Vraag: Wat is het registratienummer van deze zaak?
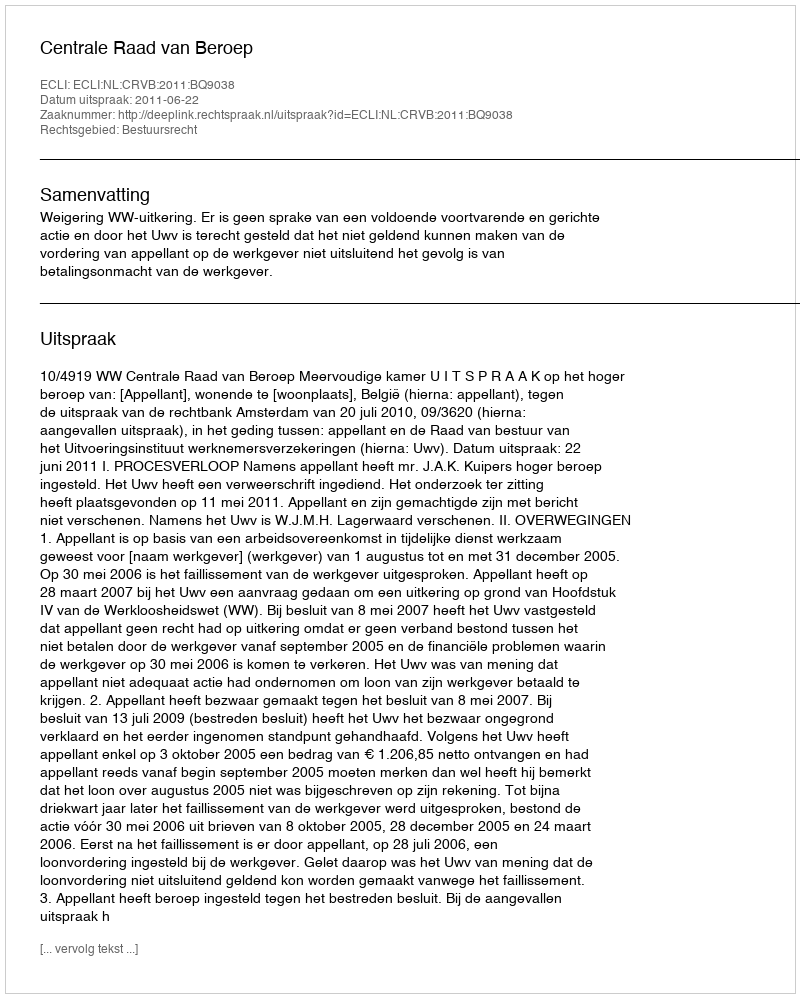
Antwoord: http://deeplink.rechtspraak.nl/uitspraak?id=ECLI:NL:CRVB:2011:BQ9038